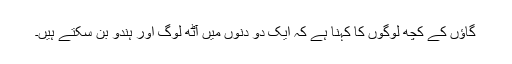
گاؤں کے کچھ لوگوں کا کہنا ہے کہ ایک دو دنوں میں آٹھ لوگ اور ہندو بن سکتے ہیں۔